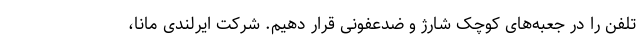
تلفن را در جعبه‌های کوچک شارژ و ضدعفونی قرار دهیم. شرکت ایرلندی مانا،